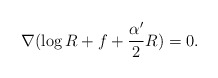
\begin{align*}\nabla(\log R+f+\frac{\alpha'}{2}R)=0.\end{align*}